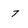
Character: 7